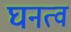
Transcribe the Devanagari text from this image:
घनत्‍व